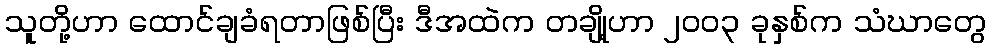
သူတို့ဟာ ထောင်ချခံရတာဖြစ်ပြီး ဒီအထဲက တချို့ဟာ ၂၀၀၃ ခုနှစ်က သံဃာတွေ